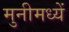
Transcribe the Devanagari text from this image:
मुनीमध्यें